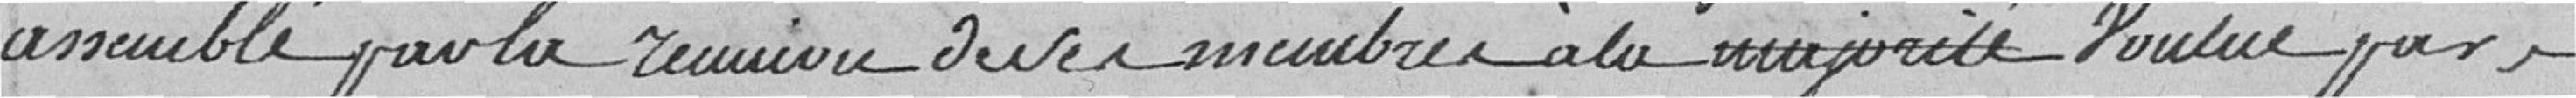
assemblé pour la réunion de ces membres à la majorité voulue par